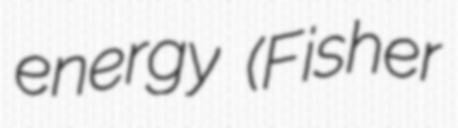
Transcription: energy (Fisher